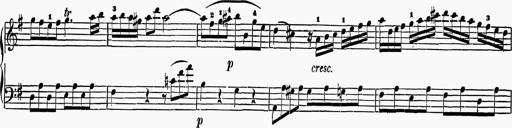
Title: 6 Sonatas
Composer: Muzio Clementi